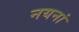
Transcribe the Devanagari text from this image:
नयनां